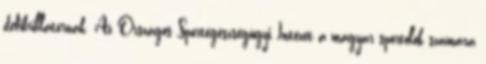
defibrillátornak. Az Országos Sportegészségügyi Intézet a magyar sportolók számára